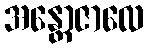
အန္တောဇာလေ